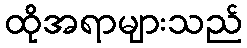
ထိုအရာများသည်